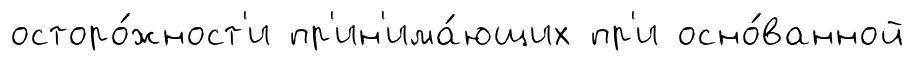
осторо́жност'и пр'ин'има́ющих пр'и осно́ванной